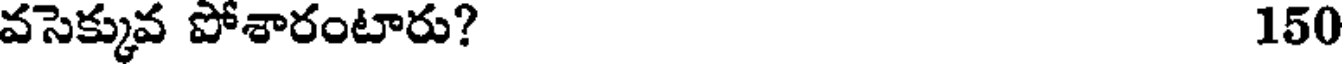
వసెక్కువ పోశారంటారు? 150